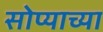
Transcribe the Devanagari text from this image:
सोप्याच्या